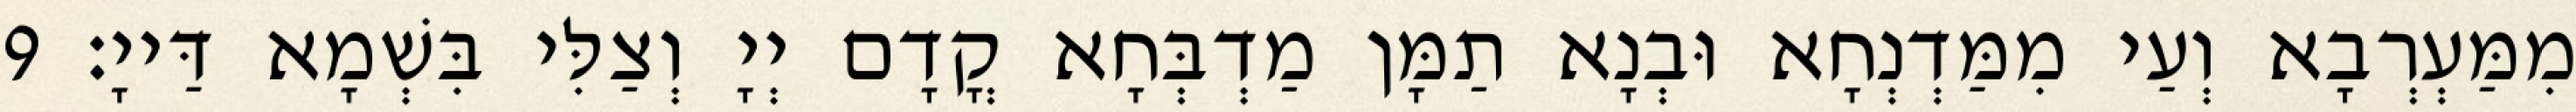
מִמַּעְרְבָא וְעַי מִמַּדְנְחָא וּבְנָא תַמָּן מַדְבְּחָא קֳדָם יְיָ וְצַלִּי בִּשְׁמָא דַּייָ׃ 9